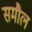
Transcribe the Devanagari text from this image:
समौल